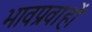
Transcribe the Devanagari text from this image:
भावप्रवाहों